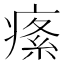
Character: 𤸍